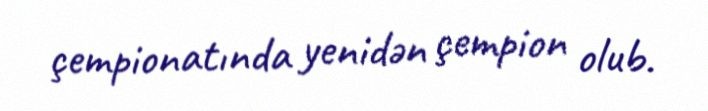
çempionatında yenidən çempion olub.